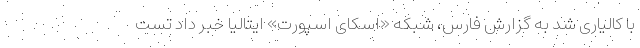
با کالیاری شد به گزارش فارس، شبکه «اسکای اسپورت» ایتالیا خبر داد تست